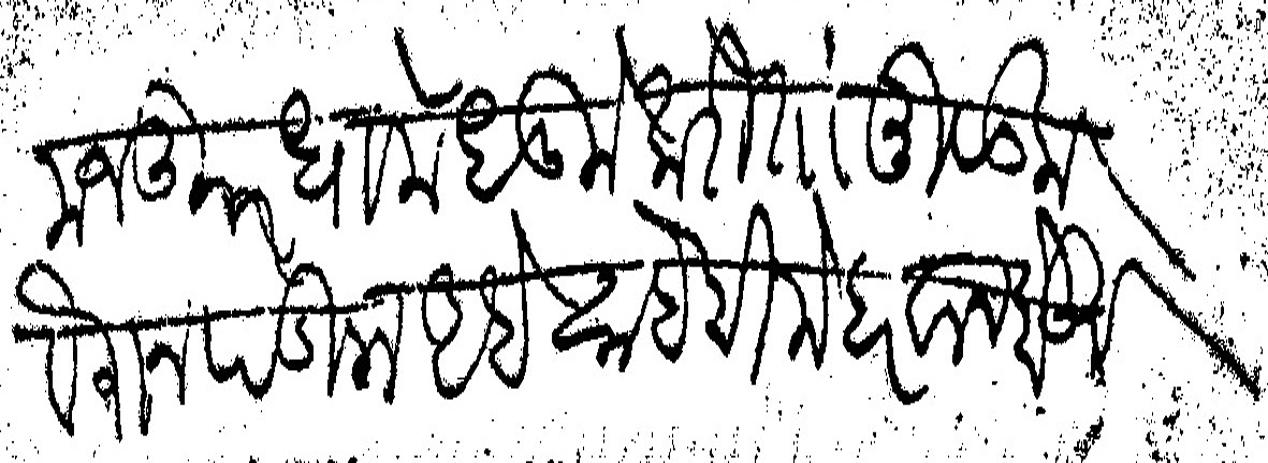
Transliteration (Devanagari): मजकूर धामधुमीकरितां मुळूक वैरान पडिला आहे साहेबी मेहेरवान होऊन